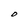
Character: O